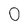
Character: 0